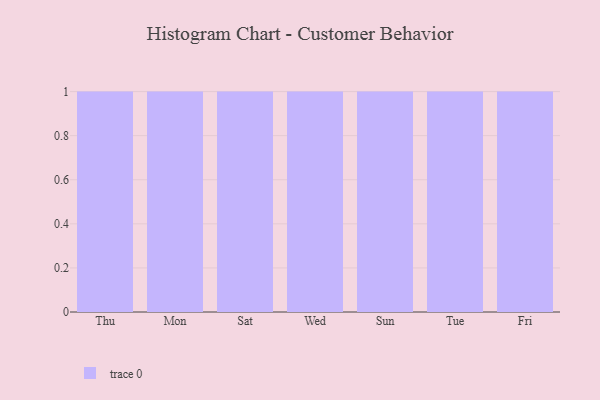
{"axis": {"x": "Day", "y": "Waste Production (Tons)"}, "legend": [""], "data": [{"x": "Thu", "y": 10, "type": ""}, {"x": "Mon", "y": 61, "type": ""}, {"x": "Sat", "y": 46, "type": ""}, {"x": "Wed", "y": 28, "type": ""}, {"x": "Sun", "y": 21, "type": ""}, {"x": "Tue", "y": 17, "type": ""}, {"x": "Fri", "y": 23, "type": ""}]}